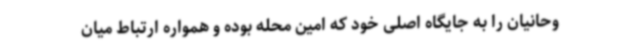
وحانیان را به جایگاه اصلی خود که امین محله بوده و همواره ارتباط میان